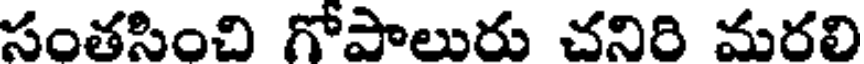
సంతసించి గోపాలురు చనిరి మరలి